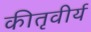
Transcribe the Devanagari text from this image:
कीतृवीर्य